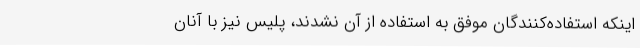
اینکه استفاده‌کنندگان موفق به استفاده از آن نشدند، پلیس نیز با آنان